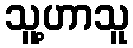
သူ့ဟာသူ